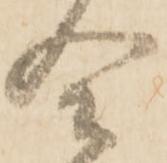
合